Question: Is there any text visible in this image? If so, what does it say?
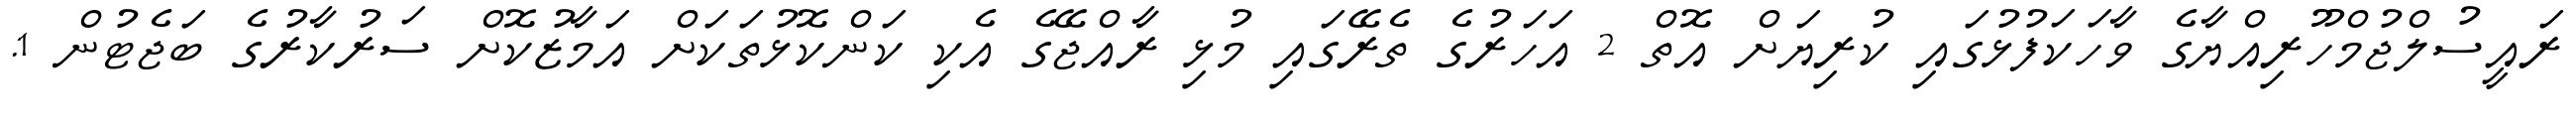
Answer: ރައީސުލްޖުމްހޫރިއްޔާގެ ވާހަކަފުޅުގައި ކުރިޔަށް އޮތް 2 އަހަރުގެ ތެރޭގައި މުޅި ރާއްޖޭގެ އެކި ކަންކޮޅުތަކަށް އަމާޒުކޮށް ސަރުކާރުގެ ބަޖެޓުން 1.